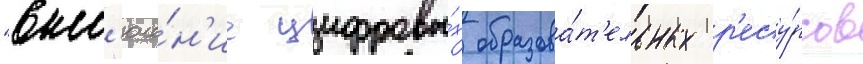
"вкл'юче́н'ие цифровы́х образова́т'ельных р'есу́рсов